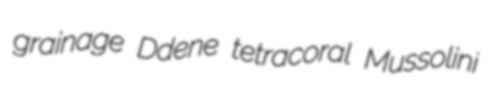
grainage Ddene tetracoral Mussolini